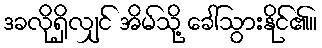
ဒခလိုရှိလျှင် အိမ်သို့ ခေါ်သွားနိုင်၏။